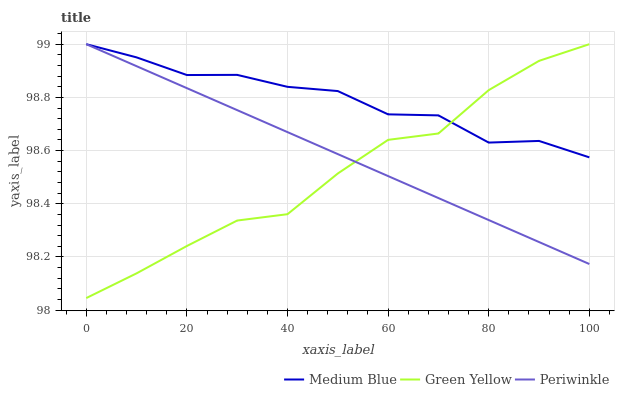
| xaxis_label | Medium Blue | Green Yellow | Periwinkle |
 | --- | --- | --- | --- |
 | 0 | 99 | 98 | 99 |
 | 10 | 99 | 98.1 | 98.9 |
 | 20 | 98.9 | 98.2 | 98.8 |
 | 30 | 98.9 | 98.3 | 98.8 |
 | 40 | 98.8 | 98.4 | 98.7 |
 | 50 | 98.8 | 98.5 | 98.6 |
 | 60 | 98.7 | 98.6 | 98.5 |
 | 70 | 98.7 | 98.7 | 98.4 |
 | 80 | 98.6 | 98.8 | 98.3 |
 | 90 | 98.6 | 98.9 | 98.3 |
 | 100 | 98.6 | 99 | 98.2 |